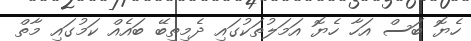
ހެޔޮ ބަސް އަހާ ހެޔޮ އަމަލުތަކުގައި ދެމިތިބޭ ބައެއް ކަމުގައި މާތް